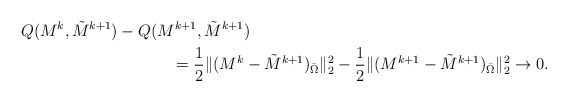
\begin{align*} Q(M^{k},\tilde M^{k+1})-Q( M^{k+1},\tilde M^{k+1})\\&\hskip -2 cm=\frac{1}{2}\Vert (M^{k}-\tilde M^{k+1})_{\bar \Omega}\Vert^{2}_{2}-\frac{1}{2}\Vert (M^{k+1}-\tilde M^{k+1})_{\bar \Omega}\Vert^{2}_{2}\rightarrow 0. \end{align*}